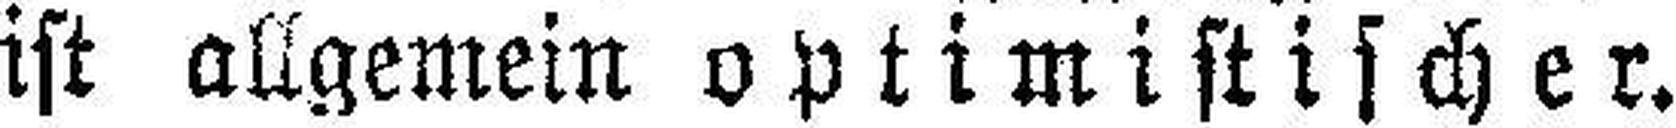
ist allgemein optimistischer.